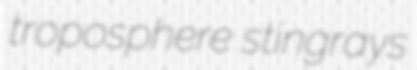
troposphere stingrays